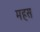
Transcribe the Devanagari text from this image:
महस